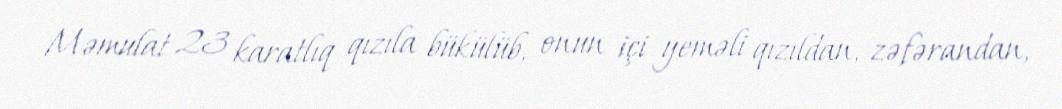
Məmulat 23 karatlıq qızıla bükülüb, onun içi yeməli qızıldan, zəfərandan,